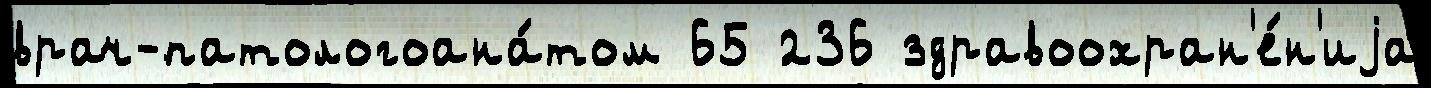
врач-патологоана́том 65 236 здравоохран'е́н'иjа